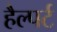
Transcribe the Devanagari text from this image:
हैल्पर्ट